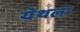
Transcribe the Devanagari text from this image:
येथला